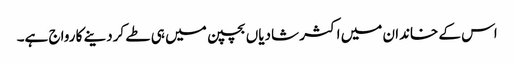
اس کے خاندان میں اکثر شادیاں بچپن میں ہی طے کردینے کا رواج ہے۔